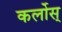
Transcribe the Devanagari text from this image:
कर्लोस्